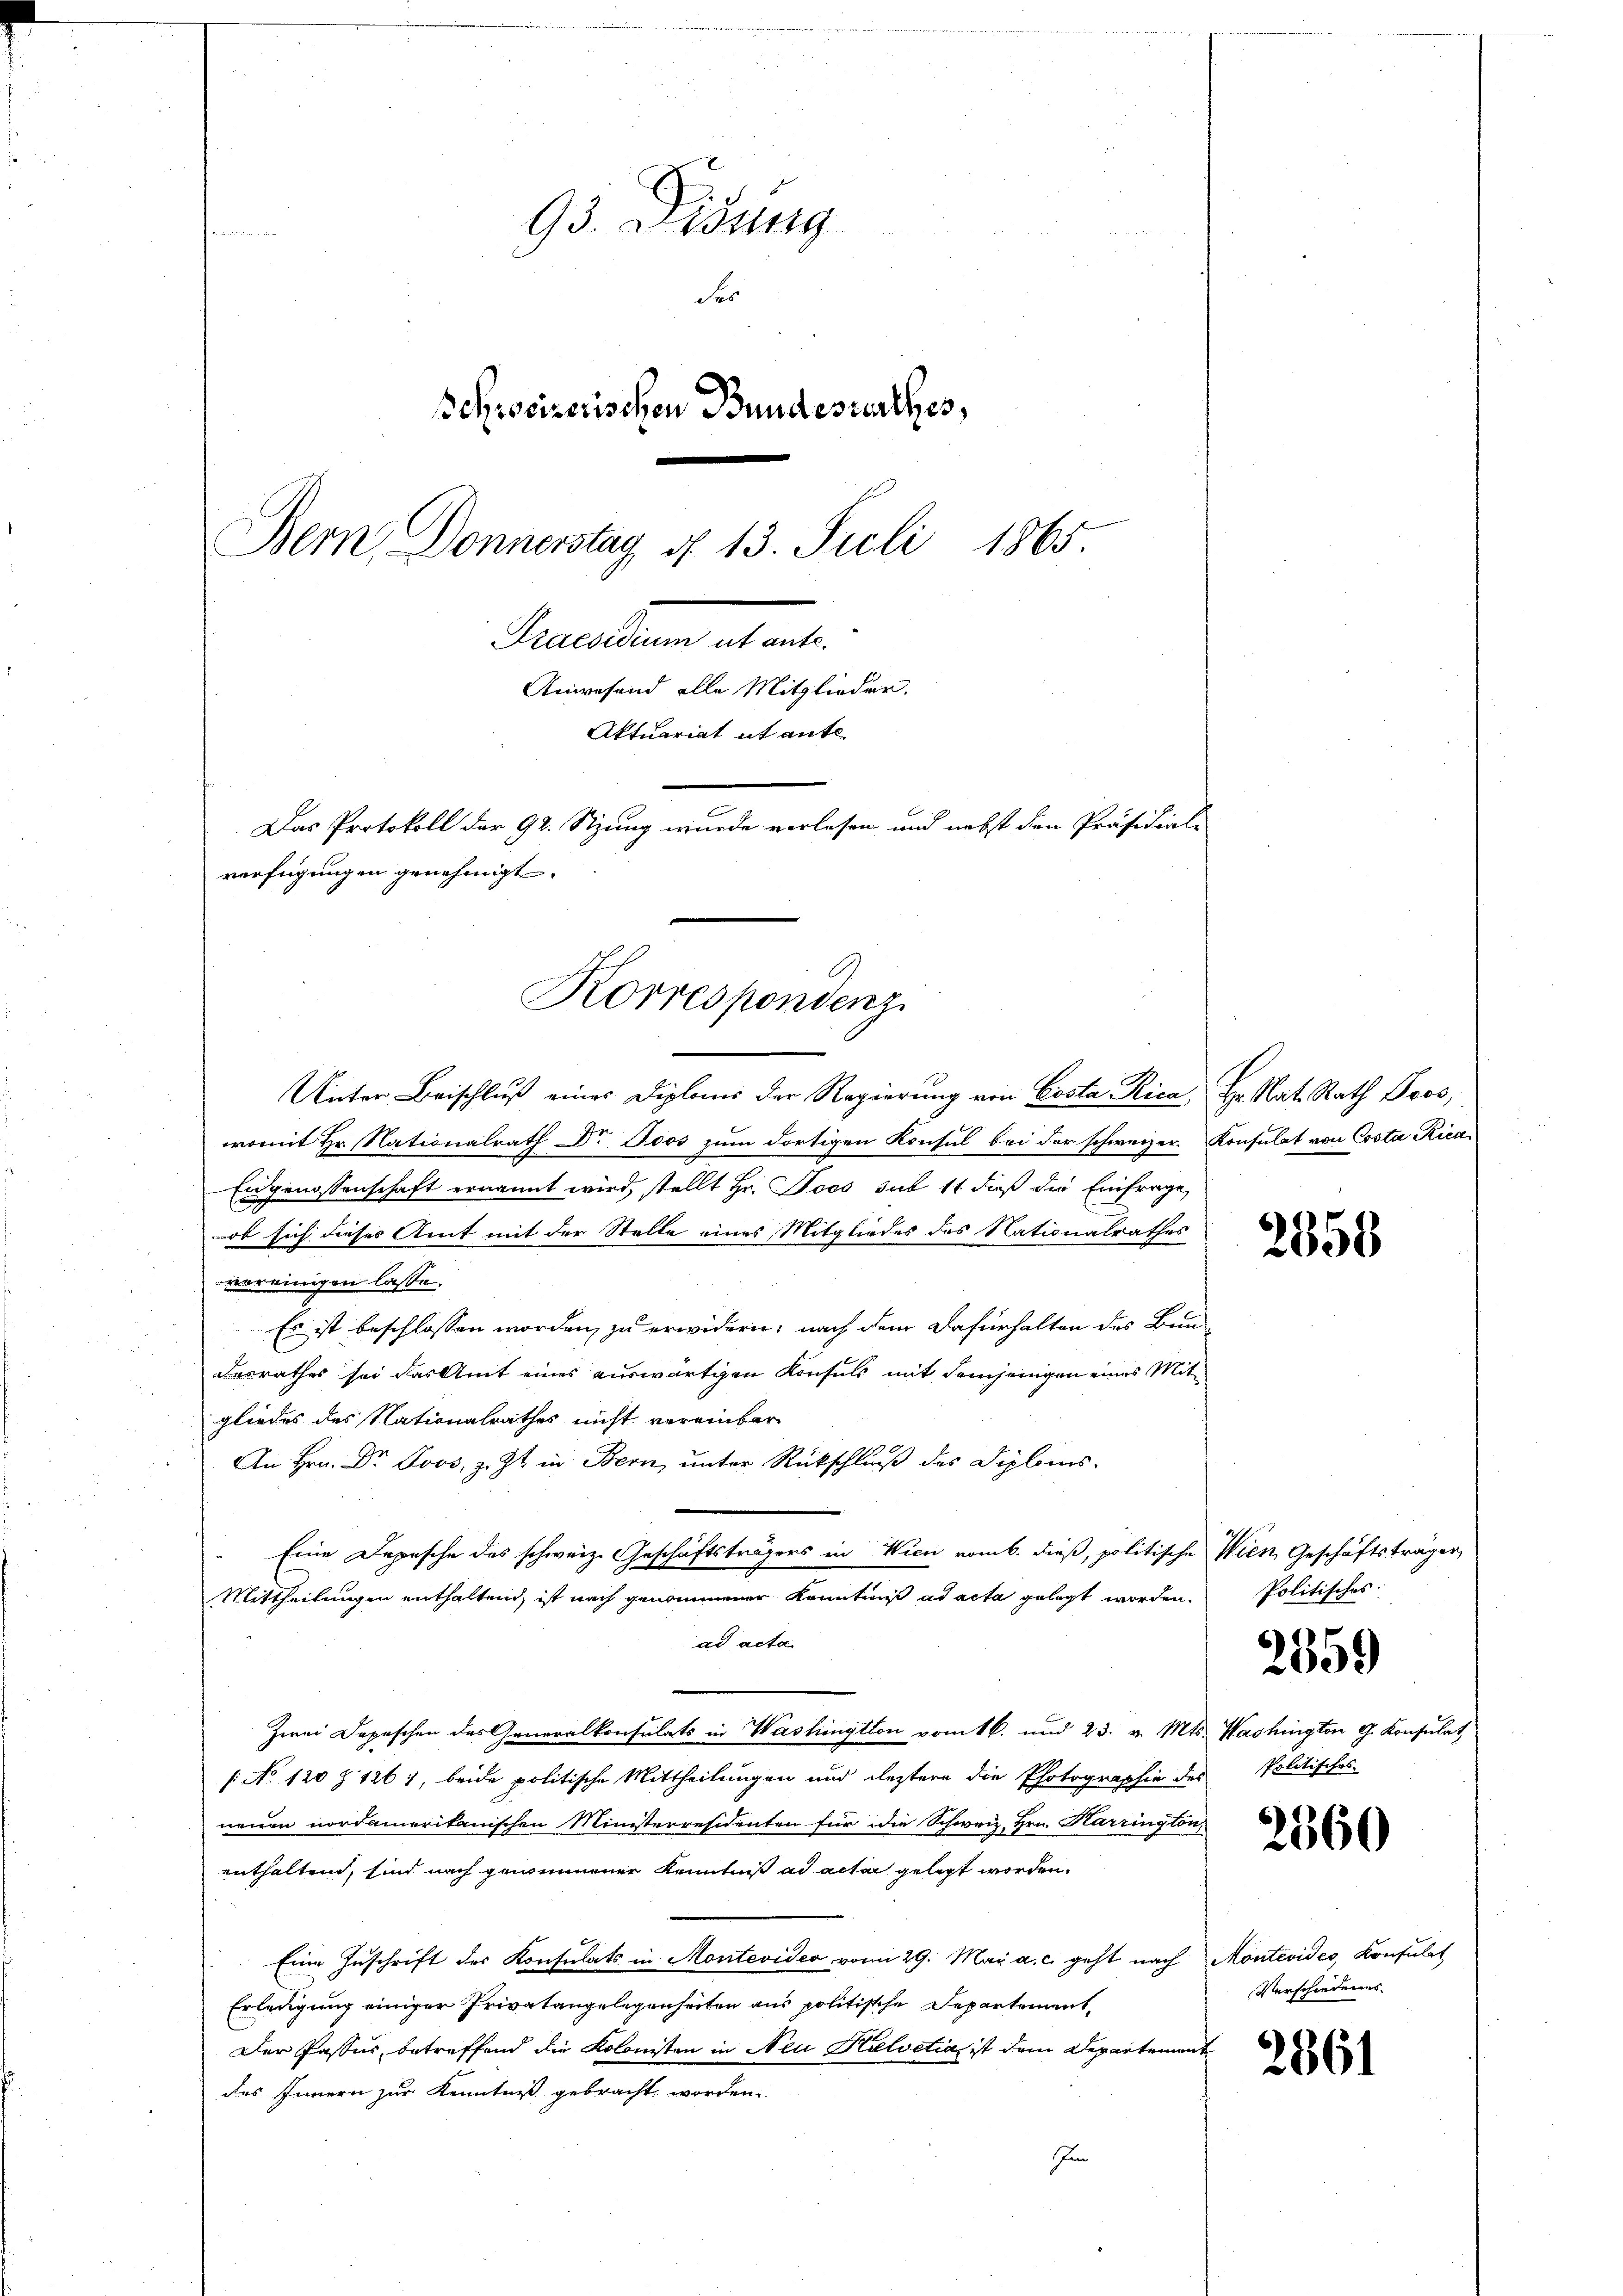
95. Didung
der
Schreizerischen Bundesrenthes,
Bem Donnerstag d. 13. Juli 1865.
Praesiduum
Anwesend alle Mitglieder.
Aktuariat it ante
Das Protokoll der 92. Sizung wurde verlesen und nebst den Präsidial-
verfügungen genehmigt.

Korrespondenz.

Unter Beischluß eines Diploms der Regierung von Costa Rica, Hr. Rat. Rath Boos,
womit Hr. Nationalrath Dr. Joos zum dortigen Konsul bei der schweizer. Konsulat von Costa Rica¬
Eidgenossenschaft ernannt wird, stellt Hr. Joos sub 11 dieß die Einfrage,
ob sich dieses Amt mit der Stelle eines Mitgliedes des Nationalrathes
vereinigen lasse.
Es ist beschlossen worden, zu erwidern; nach dem Dafürhalten des Bun-
Desrathes sei das Amt eines auswärtigen Konsuls mit demjenigen eines Mitgliedes des Nationalrathes nicht vereinbar
An Hrn. Dr Loos, z. Zt. in Bern, unter Rückschluß des Diploms¬
Eine Depesche des schweiz. Geschäftsträgers in Wien vom 6. dieß, politische Wien, Geschäftsträger,
Mittheilungen enthaltend, ist nach genommener Kenntnuß ad acta gelegt worden. Politisches
ad acta
Zwei Depeschen des Generalkonsulats in Washingtton vom 16. und 23. v. Mts. Washington G. Konsulat
(: No 120 § 1261, beide politische Mittheilungen und leztere die Photographie des Politisches-
neuen nordamerikanischen Ministerresidenten für die Schweiz. Hrn. Harrington,
enthaltend, sind nach genommener Kenntniß ad acta gelegt worden.
Eine Zuschrift des Konsulats in Montevideo vom 29. Mai a. c. geht nach Montevides, Konsulat
Erledigung einiger Privatangelegenheiten aus politische Departement-
Der Passus, betreffend die Kolonisten in Neu Helvetia, ist dem Departement
des Innern zur Kenntniß gebracht worden.
Im

2858

2359

2560

Verschiedenes

2361